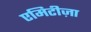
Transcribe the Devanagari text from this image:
एमिटीज़ा